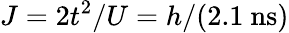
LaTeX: J=2t^{2}/U=h/(2.1~\mathrm{ns})